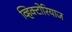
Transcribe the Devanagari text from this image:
व्हिक्टोरियाज